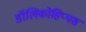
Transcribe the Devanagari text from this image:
डॉलिकोहिप्पस